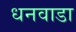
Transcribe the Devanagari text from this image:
धनवाडा